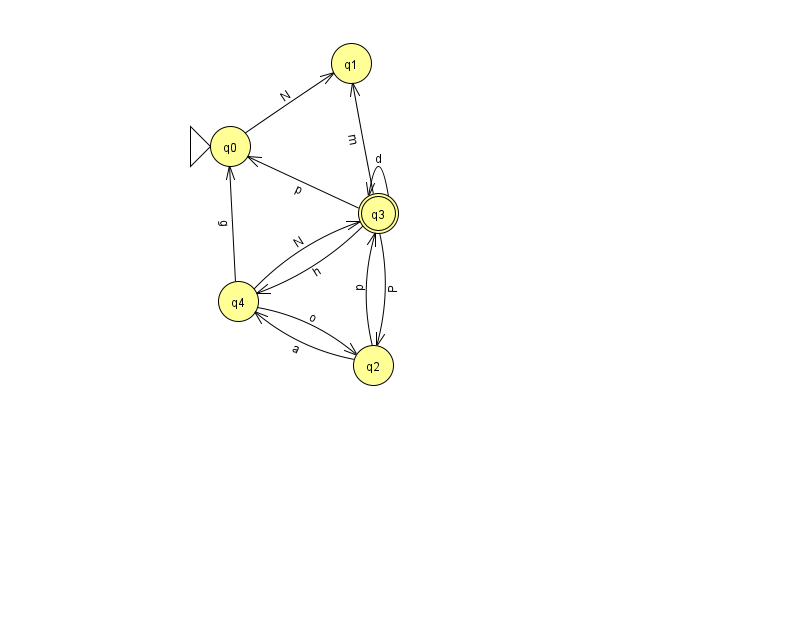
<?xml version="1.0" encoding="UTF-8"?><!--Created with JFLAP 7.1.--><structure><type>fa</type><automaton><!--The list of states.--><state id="0" name="q0"><x>230.0</x><y>133.0</y><initial/></state><state id="1" name="q1"><x>351.0</x><y>50.0</y></state><state id="2" name="q2"><x>373.0</x><y>352.0</y></state><state id="3" name="q3"><x>378.0</x><y>200.0</y><final/></state><state id="4" name="q4"><x>238.0</x><y>288.0</y></state><!--The list of transitions.--><transition><from>4</from><to>2</to><read>o</read></transition><transition><from>0</from><to>1</to><read>N</read></transition><transition><from>3</from><to>3</to><read>d</read></transition><transition><from>4</from><to>3</to><read>N</read></transition><transition><from>2</from><to>3</to><read>p</read></transition><transition><from>3</from><to>2</to><read>P</read></transition><transition><from>4</from><to>0</to><read>g</read></transition><transition><from>3</from><to>0</to><read>p</read></transition><transition><from>3</from><to>1</to><read>m</read></transition><transition><from>2</from><to>4</to><read>a</read></transition><transition><from>3</from><to>4</to><read>h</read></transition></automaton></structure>